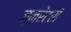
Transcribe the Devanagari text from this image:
ज्नरेटरों